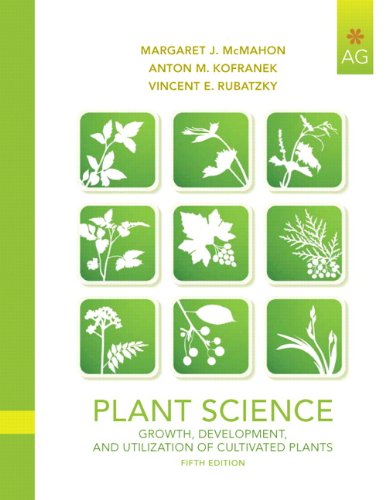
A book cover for Plant Science: Growth, Development, and Utilization of Cultivated Plants (5th Edition); Margaret E. McMahon; Science & Math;